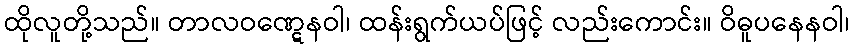
ထိုလူတို့သည်။ တာလဝဏ္ဋေနဝါ၊ ထန်းရွက်ယပ်ဖြင့် လည်းကောင်း။ ဝိဓူပနေနဝါ၊